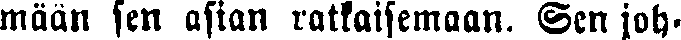
mään sen asian ratkaisemaan. Sen joh-